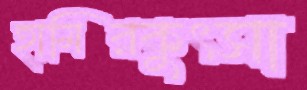
হামিরকুৎসা